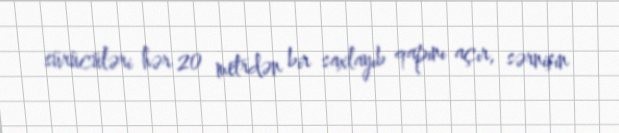
sürücüləri hər 20 metrdən bir saxlayıb qapını açır, sərnişin